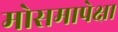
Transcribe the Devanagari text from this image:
मोसमापेक्षा